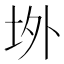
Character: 𭎉